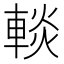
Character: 𨌹